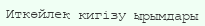
Иткөйлек кигізу ырымдары